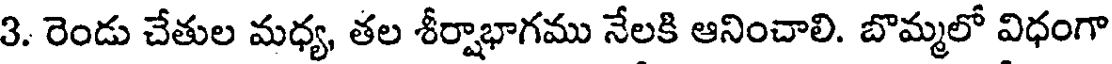
3. రెండు చేతుల మధ్య, తల శీర్షాభాగము నేలకి ఆనించాలి. బొమ్మలో విధంగా